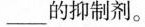
___的抑制剂。